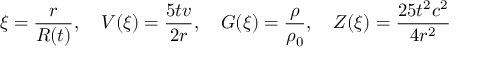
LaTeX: \xi = { \frac { r } { R ( t ) } } , \quad V ( \xi ) = { \frac { 5 t v } { 2 r } } , \quad G ( \xi ) = { \frac { \rho } { \rho _ { 0 } } } , \quad Z ( \xi ) = { \frac { 2 5 t ^ { 2 } c ^ { 2 } } { 4 r ^ { 2 } } }